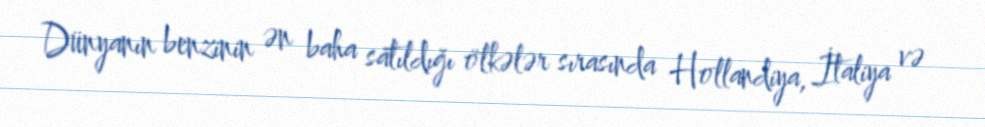
Dünyanın benzinin ən baha satıldığı ölkələr sırasında Hollandiya, İtaliya və